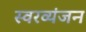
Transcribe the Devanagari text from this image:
स्वरव्यंजन